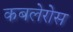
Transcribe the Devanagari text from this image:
कबलेरोस